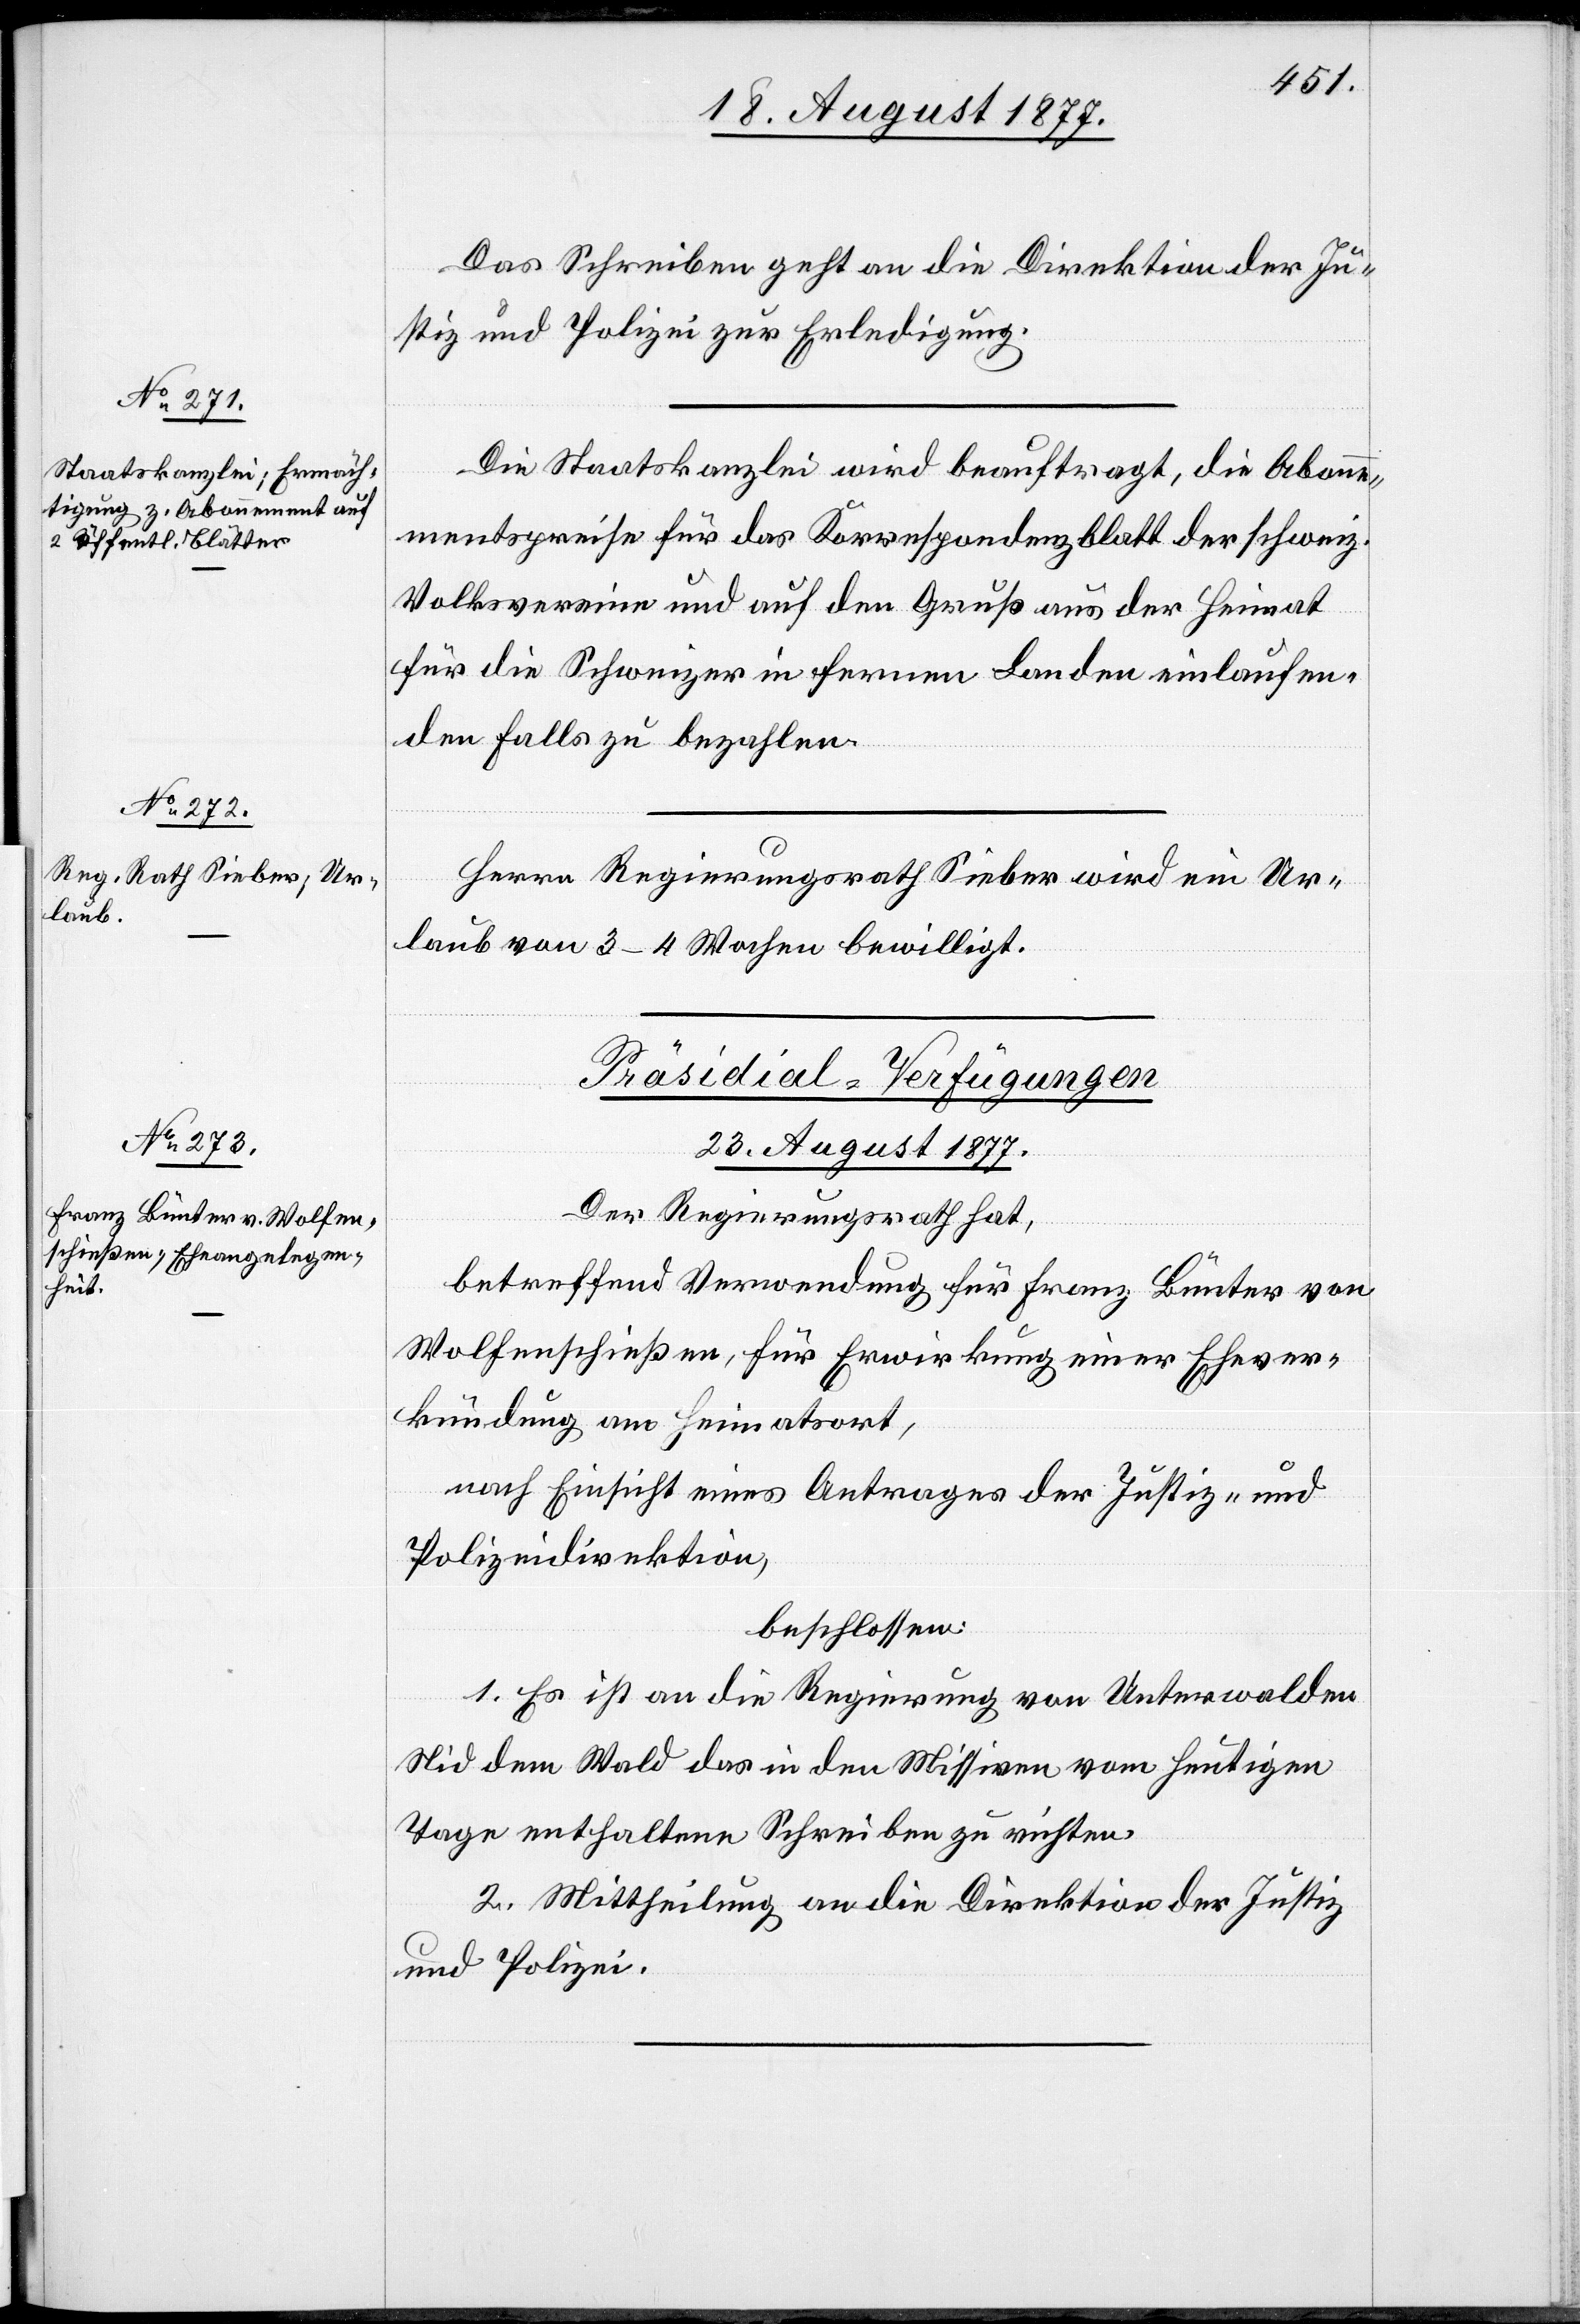
Das Schreiben geht an die Direktion der Ju¬
stiz und Polizei zur Erledigung.
Die Staatskanzlei wird beauftragt, die Abonne¬
mentspreise für das Korrespondenzblatt der schweiz.
Volksvereine und auf den Gruß aus der Heimat
für die Schweizer in fernen Landen einlaufen¬
den Falls zu bezahlen.
Herrn Regierungsrath Sieber wird ein Ur¬
laub von 3–4 Wochen bewilligt.
Präsidial-Verfügungen
23. August 1877.
Der Regierungsrath hat,
betreffend Verwendung für Franz Bünter von
Wolfenschießen, für Erwirkung einer Ehever¬
kündung am Heimatsort,
nach Einsicht eines Antrages der Justiz- und
Polizeidirektion,
beschlossen:
1. Es ist an die Regierung von Unterwalden
Nid dem Wald das in den Missiven vom heutigen
Tage enthaltene Schreiben zu richten.
2. Mittheilung an die Direktion der Justiz
und Polizei.